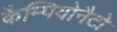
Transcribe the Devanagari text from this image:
कैम्पियोनैटो